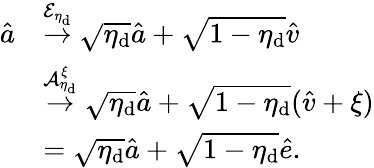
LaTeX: \begin{array}{rl}{\hat{a}}&{\overset{\mathcal{E}_{\eta_{\mathrm{d}}}}{\rightarrow}\sqrt{\eta_{\mathrm{d}}}\hat{a}+\sqrt{1-\eta_{\mathrm{d}}}\hat{v}}\\ &{\overset{\mathcal{A}_{\eta_{\mathrm{d}}}^{\xi}}{\rightarrow}\sqrt{\eta_{\mathrm{d}}}\hat{a}+\sqrt{1-\eta_{\mathrm{d}}}(\hat{v}+\xi)}\\ &{=\sqrt{\eta_{\mathrm{d}}}\hat{a}+\sqrt{1-\eta_{\mathrm{d}}}\hat{e}.}\end{array}